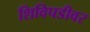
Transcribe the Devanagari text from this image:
शिविपडीवर